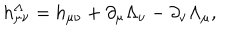
h _ { \mu \nu } ^ { \Lambda } = h _ { \mu \nu } + \partial _ { \mu } \Lambda _ { \nu } - \partial _ { \nu } \Lambda _ { \mu } ,